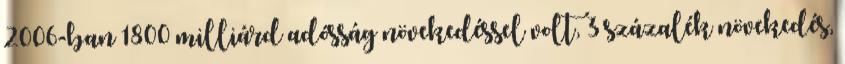
2006-ban 1800 milliárd adósság növekedéssel volt, 3 százalék növekedés,